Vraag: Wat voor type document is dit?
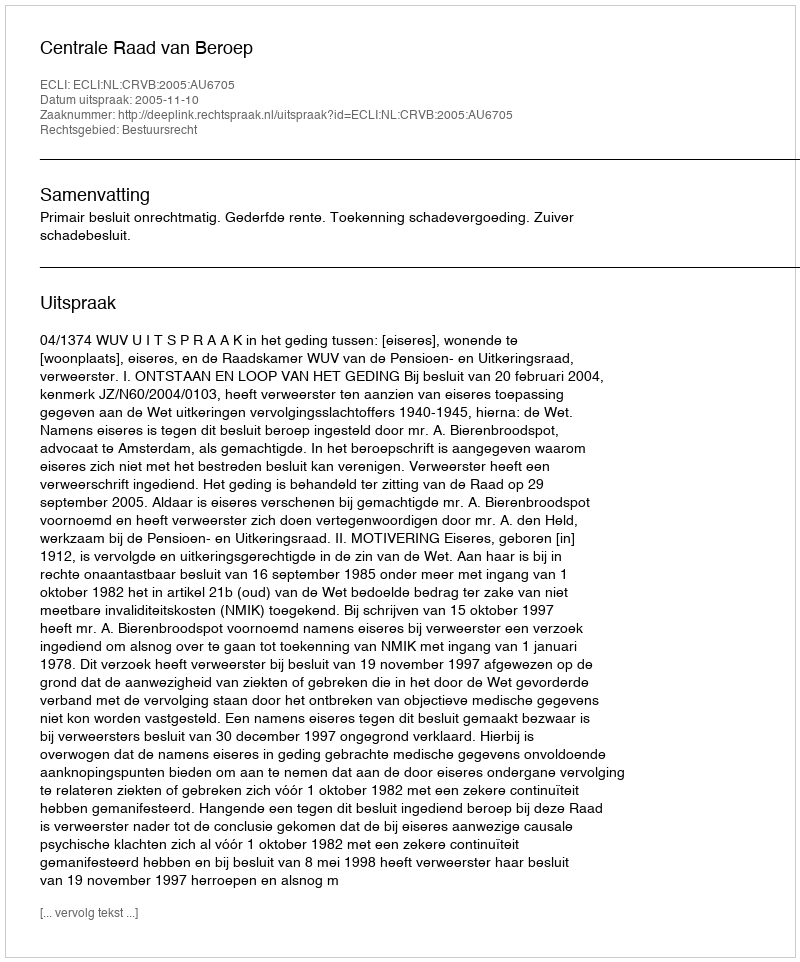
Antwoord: Uitspraak